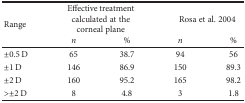
<table><thead><tr><td rowspan="2"><b>Range</b></td><td colspan="2"><b>Effective treatment calculated at the corneal plane</b></td><td colspan="2"><b>Rosa et al. 2004</b></td></tr><tr><td><b><i>n</i></b></td><td><b>%</b></td><td><b><i>n</i></b></td><td><b>%</b></td></tr></thead><tbody><tr><td>±0.5 D</td><td>65</td><td>38.7</td><td>94</td><td>56</td></tr><tr><td>±1 D</td><td>146</td><td>86.9</td><td>150</td><td>89.3</td></tr><tr><td>±2 D</td><td>160</td><td>95.2</td><td>165</td><td>98.2</td></tr><tr><td>&gt;±2 D</td><td>8</td><td>4.8</td><td>3</td><td>1.8</td></tr></tbody></table>